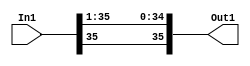
// -------------------------------------------------------------
// 
// 
// Generated by MATLAB 8.2 and HDL Coder 3.3
// 
// -------------------------------------------------------------


// -------------------------------------------------------------
// 
// Module: velocityControlHdl_Convert_Data_Type
// Source Path: velocityControlHdl/Control_Velocity/Rotor_Velocity_Control/Convert_Data_Type
// Hierarchy Level: 6
// 
// -------------------------------------------------------------

`timescale 1 ns / 1 ns

module velocityControlHdl_Convert_Data_Type
          (
           In1,
           Out1
          );


  input   signed [35:0] In1;  // sfix36_En23
  output  signed [35:0] Out1;  // sfix36_En22


  wire signed [35:0] Data_Type_Conversion_out1;  // sfix36_En22


  // <S27>/Data Type Conversion
  assign Data_Type_Conversion_out1 = {In1[35], In1[35:1]};



  assign Out1 = Data_Type_Conversion_out1;

endmodule  // velocityControlHdl_Convert_Data_Type